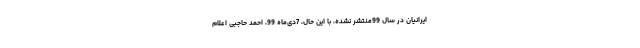
ایرانیان در سال 99منتشر نشده، با این حال، 7دی‌ماه 99، احمد حاجبی اعلام